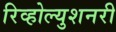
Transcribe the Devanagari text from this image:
रिव्होल्युशनरी